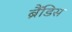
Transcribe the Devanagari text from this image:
ब्रैंडिस